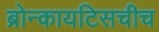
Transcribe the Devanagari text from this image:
ब्रोन्कायटिसचीच